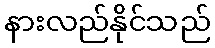
နားလည်နိုင်သည်